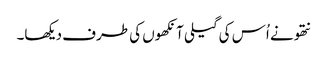
نتھو نے اُس کی گیلی آنکھوں کی طرف دیکھا۔